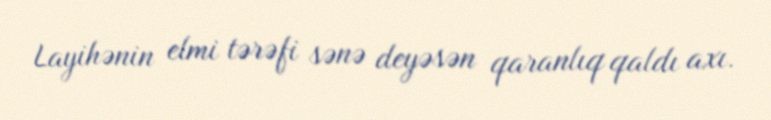
Layihənin elmi tərəfi sənə deyəsən qaranlıq qaldı axı.